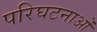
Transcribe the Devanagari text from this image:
परिघटनाओंं